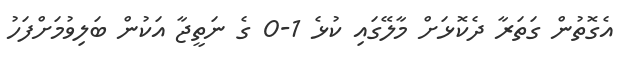
އެގޮތުން ގަތަރާ ދެކޮޅަށް މާލޭގައި ކުޅެ 1-0 ގެ ނަތީޖާ އަކުން ބަލިވުމަށްފަހު